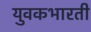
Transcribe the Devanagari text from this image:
युवकभारती